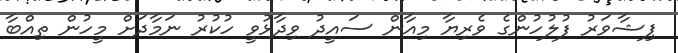
ޕިޝާވަރު ފުލުހުންގެ ވެރިޔާ މިއާން ސައީދު ވިދާޅުވީ ހުކުރު ނަމާދަށް މީހުން ތިއްބާ